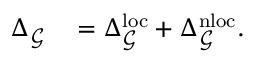
\begin{array} { r l } { \Delta _ { \mathcal { G } } } & { { } = \Delta _ { \mathcal { G } } ^ { \mathrm { l o c } } + \Delta _ { \mathcal { G } } ^ { \mathrm { n l o c } } . } \end{array}